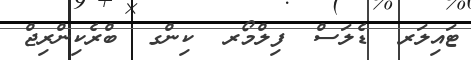
ޓައިލަރ  ޑެލަސް  ފިލްމޯރ  ކިންގ  ބްރެކިންރިޖް